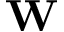
\mathbf { W }